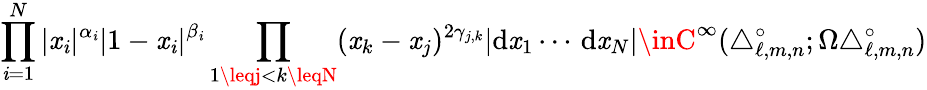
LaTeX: \prod_{\mathit{i}=1}^{N}|\mathit{x}_{\mathit{i}}|^{\alpha_{\mathit{i}}}|1-\mathit{x}_{\mathit{i}}|^{\beta_{\mathit{i}}}\prod_{1\leqj<k\leqN}(\mathit{x}_{k}-\mathit{x}_{j})^{2\gamma_{j,k}}|\mathrm{{d}}\mathit{x}_{1}\cdots\, \mathrm{{d}}\mathit{x}_{N}|\inC^{\infty}(\triangle_{\ell,m,n}^{\circ};\Omega\triangle_{\ell,m,n}^{\circ})